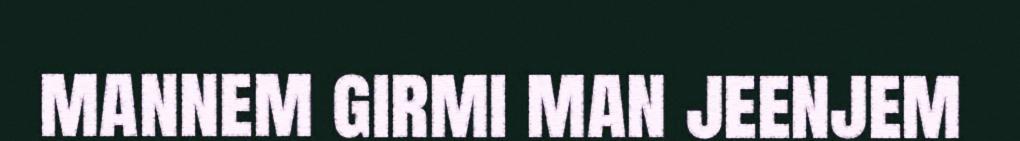
mannem girmi man jeenjem